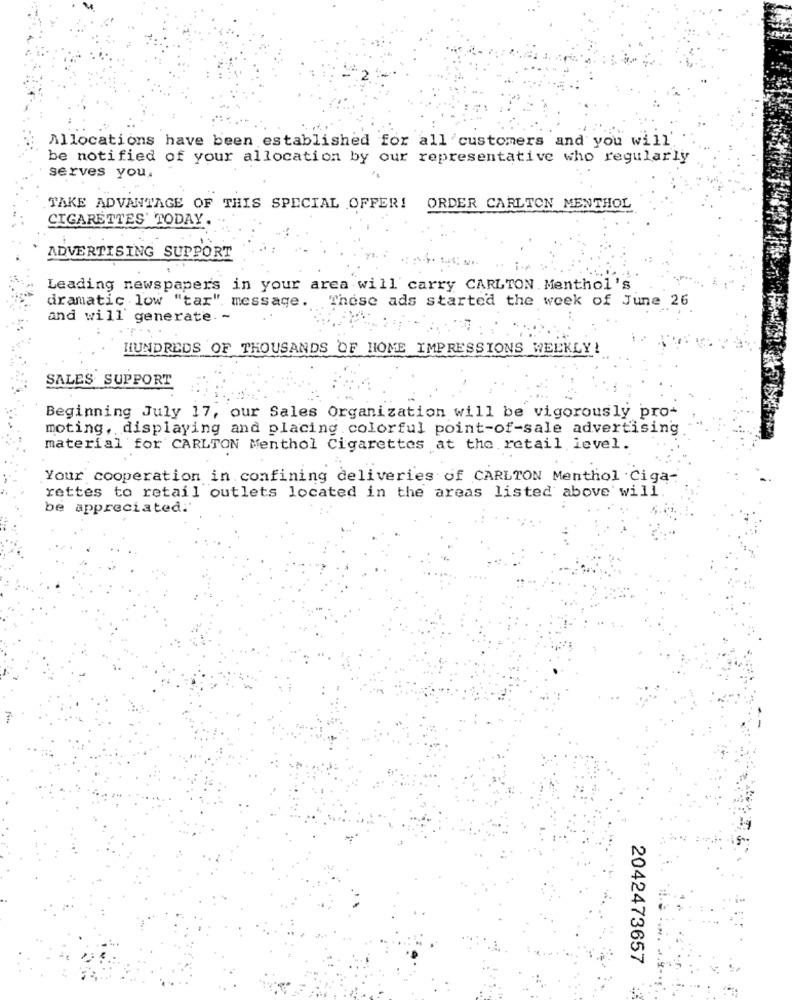
Allocations have been established for all 'customers and you will.
be notified of your allocation by our representative who regularly
serves you.
TAKE ADVANTAGE OF THIS SPECIAL OFFER!
ORDER CARLTON MENTHOL
CIGARETTES' TODAY.
ADVERTISING SUPPORT
Leading newspapers in your area will carry CARLTON Menthol's
dramatic low "tar".
message. These ads started the week of June 26
and will generate. ~
HUNDREDS OF THOUSANDS OF HOME IMPRESSIONS WEEKLY!
SALES SUPPORT
Beginning July 17, our Sales Organization will be vigorously pro-
moting, displaying and placing colorful point-of-sale advertising
material for CARLTON Menthol Cigarettes at the retail level.
Your cooperation in confining deliveries of CARLTON Menthol Ciga-
rettes to retail outlets located in the areas listed above will
be appreciated.'
2042473657